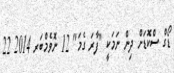
ޑޯގް ސްކޮޑަށް ދިން ނަމަކީ "ފާރަ ގެމަ" 12 ނޮވެމްބަރ 2014 22